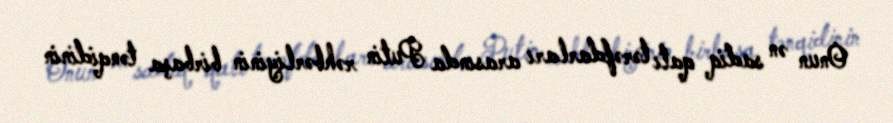
Onun ən sadiq qatı tərəfdarları arasında Putin rəhbərliyinin birbaşa tənqidinin